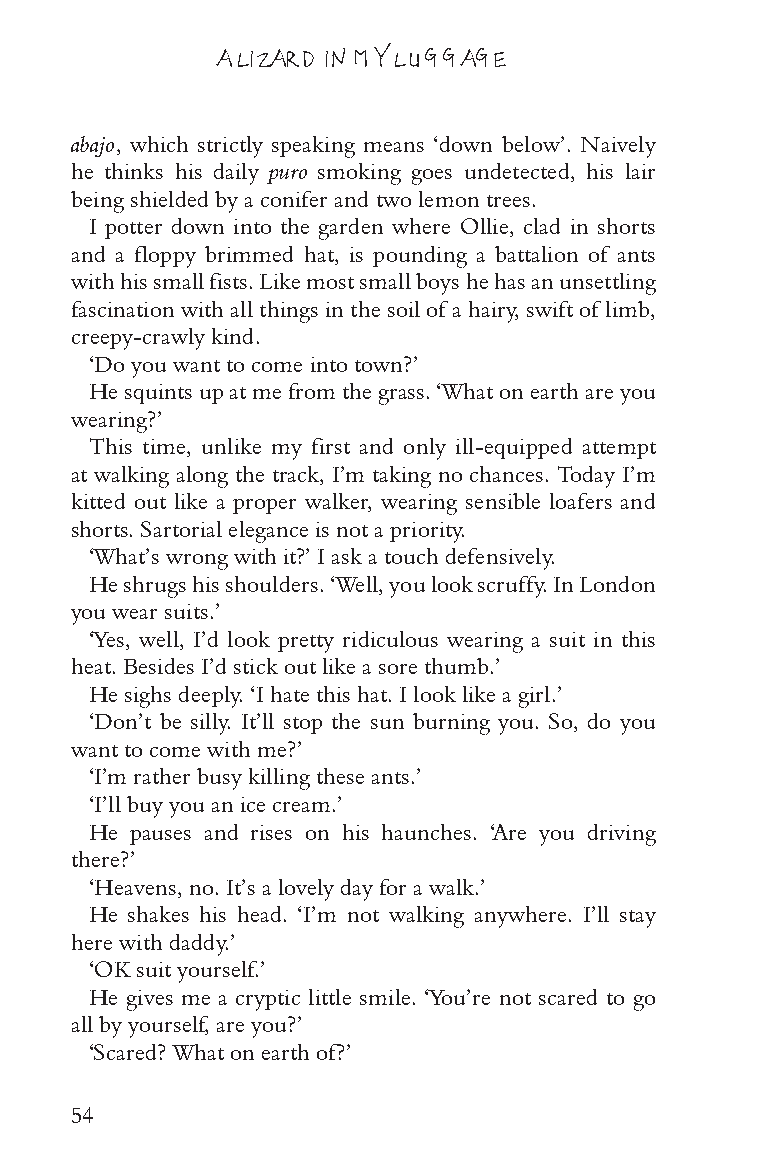
A LIZARD IN MY LUGGAGE
 abajo, which strictly speaking means ‘down below’. Naively
 he thinks his daily puro smoking goes undetected, his lair
 being shielded by a conifer and two lemon trees.
 I potter down into the garden where Ollie, clad in shorts
 and a floppy brimmed hat, is pounding a battalion of ants
 with his small fists. Like most small boys he has an unsettling
 fascination with all things in the soil of a hairy, swift of limb,
 creepy-crawly kind.
 ‘Do you want to come into town?’
 He squints up at me from the grass. ‘What on earth are you
 wearing?’
 This time, unlike my first and only ill-equipped attempt
 at walking along the track, I’m taking no chances. Today I’m
 kitted out like a proper walker, wearing sensible loafers and
 shorts. Sartorial elegance is not a priority.
 ‘What’s wrong with it?’ I ask a touch defensively.
 He shrugs his shoulders. ‘Well, you look scruffy. In London
 you wear suits.’
 ‘Yes, well, I’d look pretty ridiculous wearing a suit in this
 heat. Besides I’d stick out like a sore thumb.’
 He sighs deeply. ‘I hate this hat. I look like a girl.’
 ‘Don’t be silly. It’ll stop the sun burning you. So, do you
 want to come with me?’
 ‘I’m rather busy killing these ants.’
 ‘I’ll buy you an ice cream.’
 He pauses and rises on his haunches. ‘Are you driving
 there?’
 ‘Heavens, no. It’s a lovely day for a walk.’
 He shakes his head. ‘I’m not walking anywhere. I’ll stay
 here with daddy.’
 ‘OK suit yourself.’
 He gives me a cryptic little smile. ‘You’re not scared to go
 all by yourself, are you?’
 ‘Scared? What on earth of?’
 54